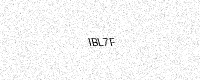
Text: IBL7F